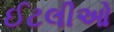
ઈટલીઓ